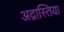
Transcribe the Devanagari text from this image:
अद्रास्तिया